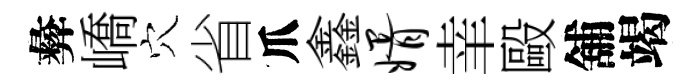
彜嶠穴省爪鑫婿𦍒毆舖竭